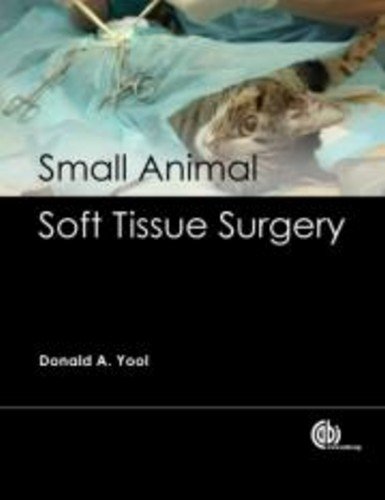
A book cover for Small Animal Soft Tissue Surgery; Donald A. Yool; Medical Books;